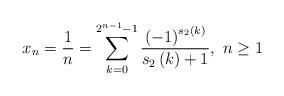
LaTeX: \begin{align*}x_{n}=\frac{1}{n}=\sum_{k=0}^{2^{n-1}-1}\frac{\left(-1\right)^{s_{2}\left(k\right)}}{s_{2}\left(k\right)+1},\thinspace\thinspace n\ge1\end{align*}